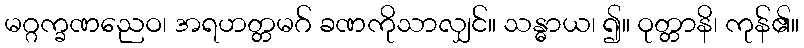
မဂ္ဂက္ခဏညေဝ၊ အရဟတ္တမဂ် ခဏကိုသာလျှင်။ သန္ဓာယ၊ ၍။ ဝုတ္တာနိ၊ ကုန်၏။